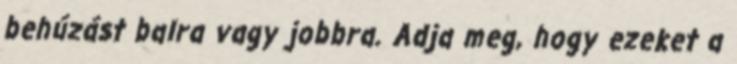
behúzást balra vagy jobbra. Adja meg, hogy ezeket a